Leaving Certificate Examination (including Day School Certificate (Higher) General paper), 1938
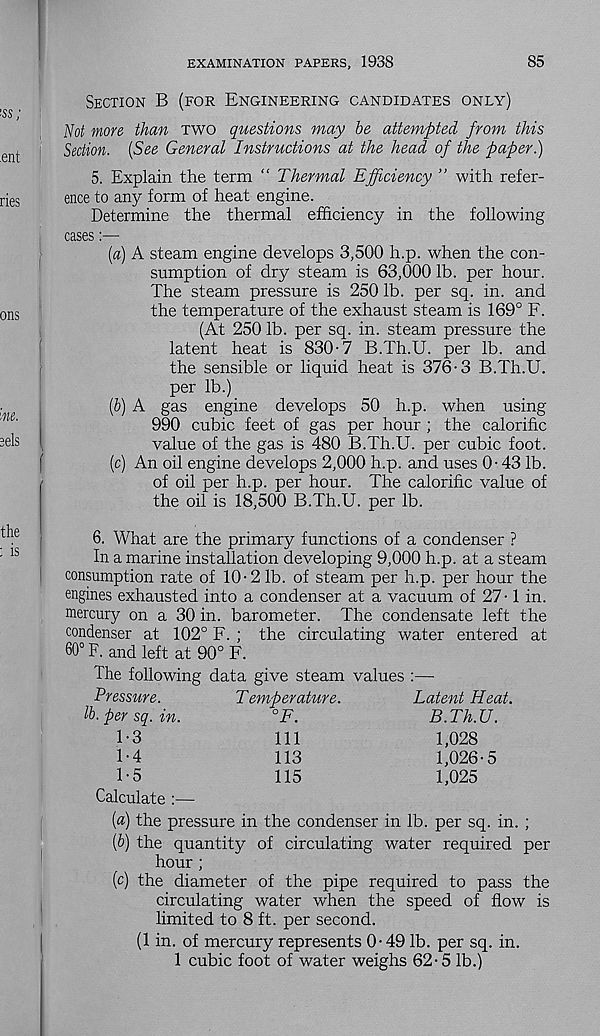
EXAMINATION PAPERS, 1938
85
Section B (for Engineering candidates only)
Not more than two questions may he attempted from this
Section. (See General Instructions at the head of the paper.)
5. Explain the term “ Thermal Efficiency ” with refer-
ence to any form of heat engine.
Determine the thermal efficiency in the following
cases:—
(a) A steam engine develops 3,500 h.p. when the con-
sumption of dry steam is 63,000 lb. per hour.
The steam pressure is 250 lb. per sq. in. and
the temperature of the exhaust steam is 169° F.
(At 250 lb. per sq. in. steam pressure the
latent heat is 830-7 B.Th.U. per lb. and
the sensible or liquid heat is 376-3 B.Th.U.
per lb.)
(b) A gas engine develops 50 h.p. when using
990 cubic feet of gas per hour ; the calorific
value of the gas is 480 B.Th.U. per cubic foot.
(c) An oil engine develops 2,000 h.p. and uses 0-43 lb.
of oil per h.p. per hour. The calorific value of
the oil is 18,500 B.Th.U. per lb.
6. What are the primary functions of a condenser ?
In a marine installation developing 9,000 h.p. at a steam
consumption rate of 10-2 lb. of steam per h.p. per hour the
engines exhausted into a condenser at a vacuum of 27-1 in.
mercury on a 30 in. barometer. The condensate left the
condenser at 102° F. ; the circulating water entered at
60° F. and left at 90° F.
The following data give steam values :—
Pressure.
Temperature.
Latent Heat,
lb. per sq. in.
°F.
B.Th.U.
1-3
111
1,028
1-4
113
1,026-5
1-5
115
1,025
Calculate :—
(a) the pressure in the condenser in lb. per sq. in. ;
(b) the quantity of circulating water required per
hour ;
(c) the diameter of the pipe required to pass the
circulating water when the speed of flow is
limited to 8 ft. per second.
(1 in. of mercury represents 0-49 lb. per sq. in.
1 cubic foot of water weighs 62-5 lb.)